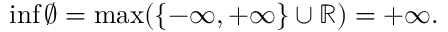
\operatorname* { i n f } \varnothing = \operatorname* { m a x } ( \{ - \infty , + \infty \} \cup \mathbb { R } ) = + \infty .